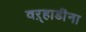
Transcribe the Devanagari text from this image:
वऱ्हाडींना